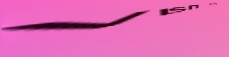
VISIT US